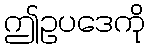
ဤဥပဒေကို